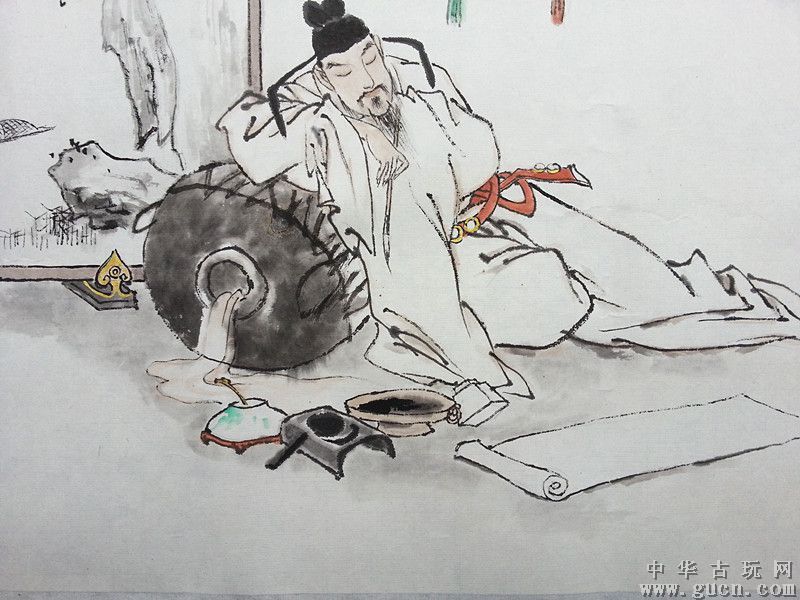
李白能诗复能酒，我今百杯复千首。